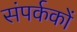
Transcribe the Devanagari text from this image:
संपर्ककों